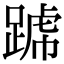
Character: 𨂶